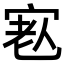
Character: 𡨳